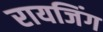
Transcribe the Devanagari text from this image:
रायजिंग